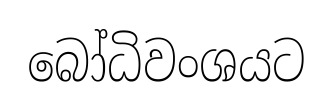
බෝධිවංශයට